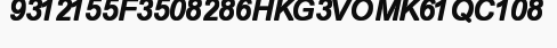
9312155F3508286HKG3VOMK61QC108